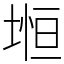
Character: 𡍷